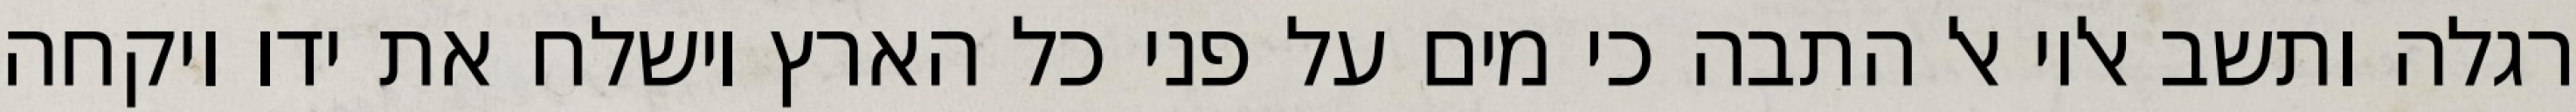
רגלה ותשב אליו אל התבה כי מים על פני כל הארץ וישלח את ידו ויקחה